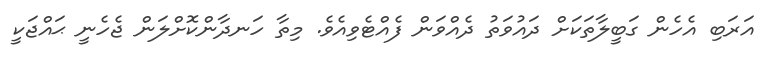
އަރަބި އެހެން ގަބީލާތަކަށް ދައުވަތު ދެއްވަން ފެއްޓެވިއެވެ. މިތާ ހަނދާންކޮށްލަން ޖެހެނީ ޙައްޖަކީ